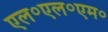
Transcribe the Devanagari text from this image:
एल॰एल॰एम॰